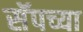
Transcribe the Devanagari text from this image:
सॅपच्या